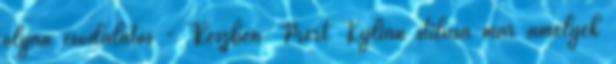
olyan csodálatos - Részben. Mert Kylian stílusa már amelyek